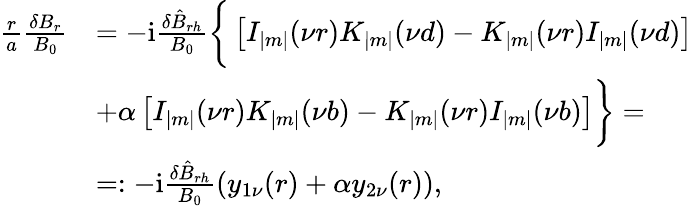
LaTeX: \begin{array}{r}{\begin{array}{rl}{\frac{r}{a}\frac{\delta B_{r}}{B_{0}}}&{=-\mathrm{i}\frac{\delta\hat{B}_{rh}}{B_{0}}\bigg\{ \left[I_{|m|}(\nu r)K_{|m|}(\nu d)-K_{|m|}(\nu r)I_{|m|}(\nu d)\right]}\\ &{+\alpha\left[I_{|m|}(\nu r)K_{|m|}(\nu b)-K_{|m|}(\nu r)I_{|m|}(\nu b)\right]\bigg\} =}\\ &{=:-\mathrm{i}\frac{\delta\hat{B}_{rh}}{B_{0}}\left(y_{1\nu}(r)+\alpha y_{2\nu}(r)\right),}\end{array}}\end{array}